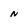
Character: N